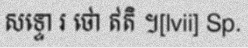
សទ្ទោ រ ថោ ឥតិ ។[lvii] Sp.